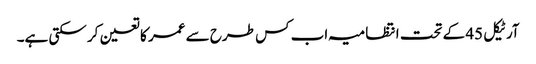
آرٹیکل 45 کے تحت انتظامیہ اب کس طرح سے عمر کا تعین کر سکتی ہے۔